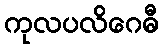
ကုလပလိဂေဓီ